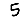
Digit: 5